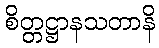
စိတ္တဋ္ဌာနသတာနိ